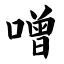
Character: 噌